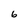
Character: 6